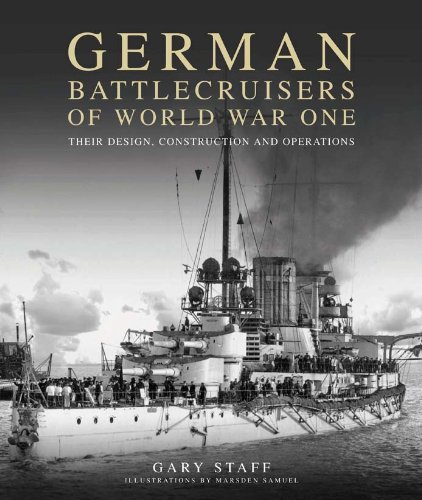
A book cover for German Battlecruisers of World War One: Their Design, Construction and Operations; Gary Staff; History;